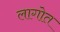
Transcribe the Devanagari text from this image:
लागोत